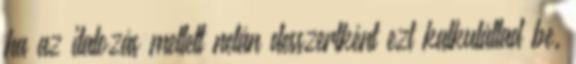
ha az italozás mellett netán desszertként ezt kalkuláltad be.